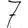
Digit: 7